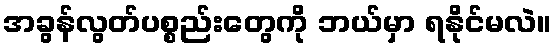
အခွန်လွတ်ပစ္စည်းတွေကို ဘယ်မှာ ရနိုင်မလဲ။